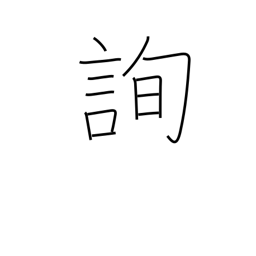
Meaning: consult with